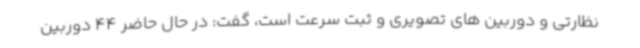
نظارتی و دوربین های تصویری و ثبت سرعت است، گفت: در حال حاضر 44 دوربین